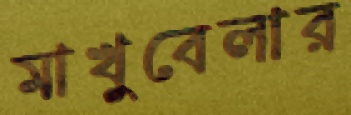
মাখুবেলার